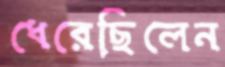
ধেরেছিলেন